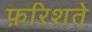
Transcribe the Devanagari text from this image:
फ़रिशते